NAE_ERA_R-2632_ENSV_TA_Emakeele_Selts_1945-1955, lk 91
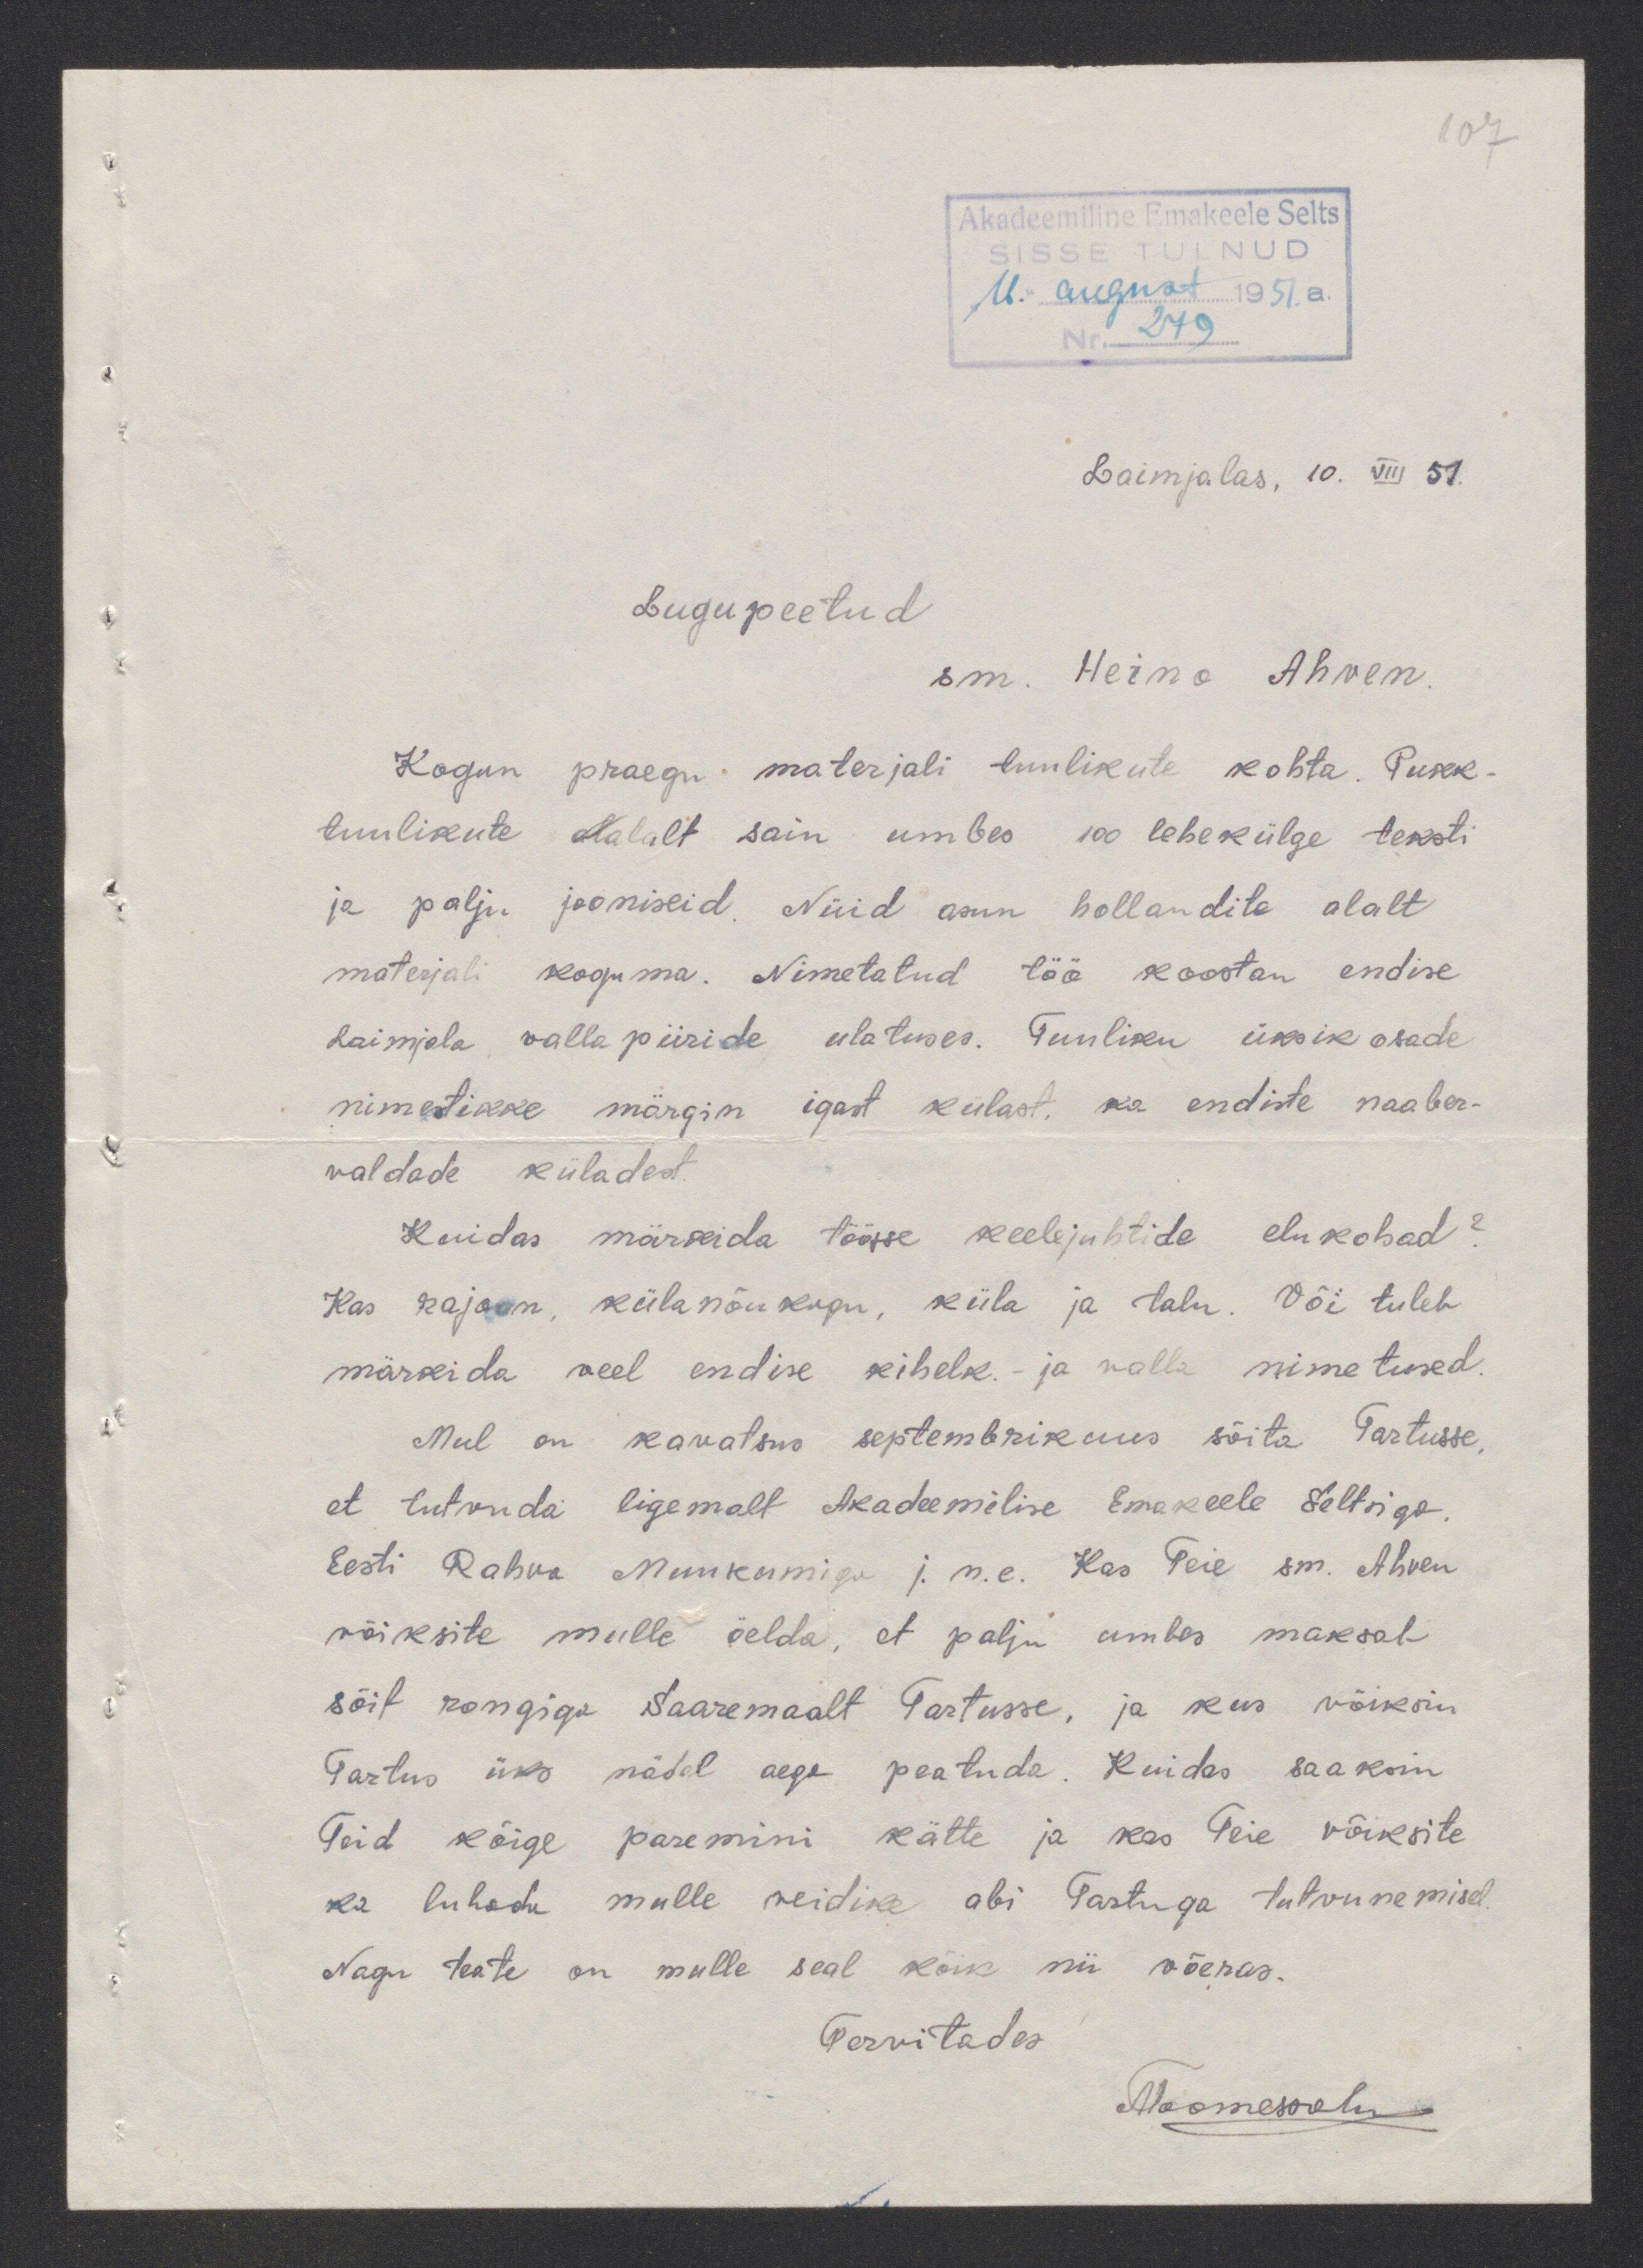
Laimjalas, 10. VIII 51.
Lugupeetud
sm. Heino Ahven.
Kogun praegu materjali tuulikule kohta. Pukk-
tuulikute alalalt sain umbes 100 lehekülge teksti
ja palju jooniseid. Nüid asun hollandite alalt
materjali koguma. Nimetatud töö koostan endise
Laimjala vallapiiride ulatuses. Tuuliku üksik osade
nimestikke märgin igast külast ka endiste naaber-
waldade küladest
Kuidas märkida töösse keelejuhtide elukohad?
Kas rajoon, külanõukogu, küla ja talu. Või tuleb
märkida veel endise kihelk. ja valla nimetused.
Mul on kavatsus septembrikuus sõita Tartusse,
et tutvuda ligemalt Akadeemilise Emakeele Seltsiga.
Eesti Rahva Muuseumiiga j.n.e. Kas Teie sm. Ahven
võiksite mulle öelda, et palju umbes maksab
sõit rongiga Saaremaalt Tartusse, ja kus võiksin
Tartus üks nädal aega peatuda. Kuidas saaksin
Teid kõige paremini kätte ja kas Teie võiksite
ka lubada mulle veidike abi Tartuga tutvunemisel.
Nagu teate on mulle seal kõik nii võeras.
Tervitades